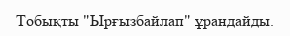
Тобықты "Ырғызбайлап" ұрандайды.